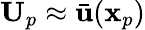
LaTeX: \mathbf{U}_{p}\approx\bar{\mathbf{u}}(\mathbf{x}_{p})